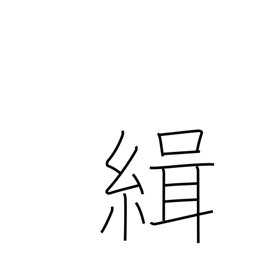
Meaning: bring together